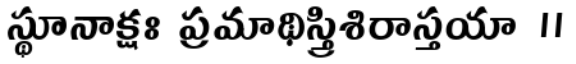
స్థూనాక్షః ప్రమాథిస్త్రిశిరాస్తయా ।।